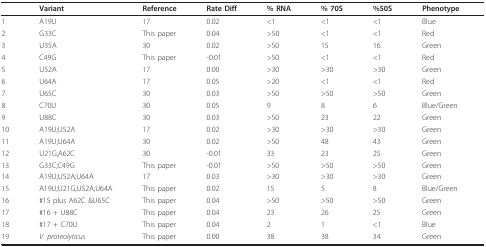
|  | Variant | Reference | Rate Diff | % RNA | % 70S | %50S | Phenotype |
 | --- | --- | --- | --- | --- | --- | --- | --- |
 | 1 | A19U | 17 | 0.02 | <1 | <1 | <1 | Blue |
 | 2 | G33C | This paper | 0.04 | >50 | <1 | <1 | Red |
 | 3 | U35A | 30 | 0.02 | >50 | 15 | 16 | Green |
 | 4 | C49G | This paper | -0.01 | >50 | <1 | <1 | Red |
 | 5 | U52A | 17 | 0.00 | >30 | >30 | >30 | Green |
 | 6 | U64A | 17 | 0.05 | >20 | <1 | <1 | Red |
 | 7 | U65C | 30 | 0.03 | >50 | >50 | >50 | Green |
 | 8 | C70U | 30 | 0.05 | 9 | 8 | 6 | Blue/Green |
 | 9 | U88C | 30 | 0.03 | >50 | 23 | 22 | Green |
 | 10 | A19U;U52A | 17 | 0.02 | >30 | >30 | >30 | Green |
 | 11 | A19U;U64A | 30 | 0.02 | >50 | 48 | 43 | Green |
 | 12 | U21G;A62C | 30 | -0.01 | 33 | 23 | 25 | Green |
 | 13 | G33C;C49G | This paper | -0.01 | >50 | >50 | >50 | Green |
 | 14 | A19U;U52A;U64A | 17 | 0.03 | >30 | >30 | >30 | Green |
 | 15 | A19U;U21G;U52A;U64A | This paper | 0.02 | 15 | 5 | 8 | Blue/Green |
 | 16 | #15 plus A62C &U65C | This paper | 0.04 | >50 | >50 | >50 | Green |
 | 17 | #16 + U88C | This paper | 0.04 | 23 | 26 | 25 | Green |
 | 18 | #17 + C70U | This paper | 0.04 | 2 | 1 | <1 | Blue |
 | 19 | V. proteolyticus | This paper | 0.00 | 38 | 38 | 34 | Green |